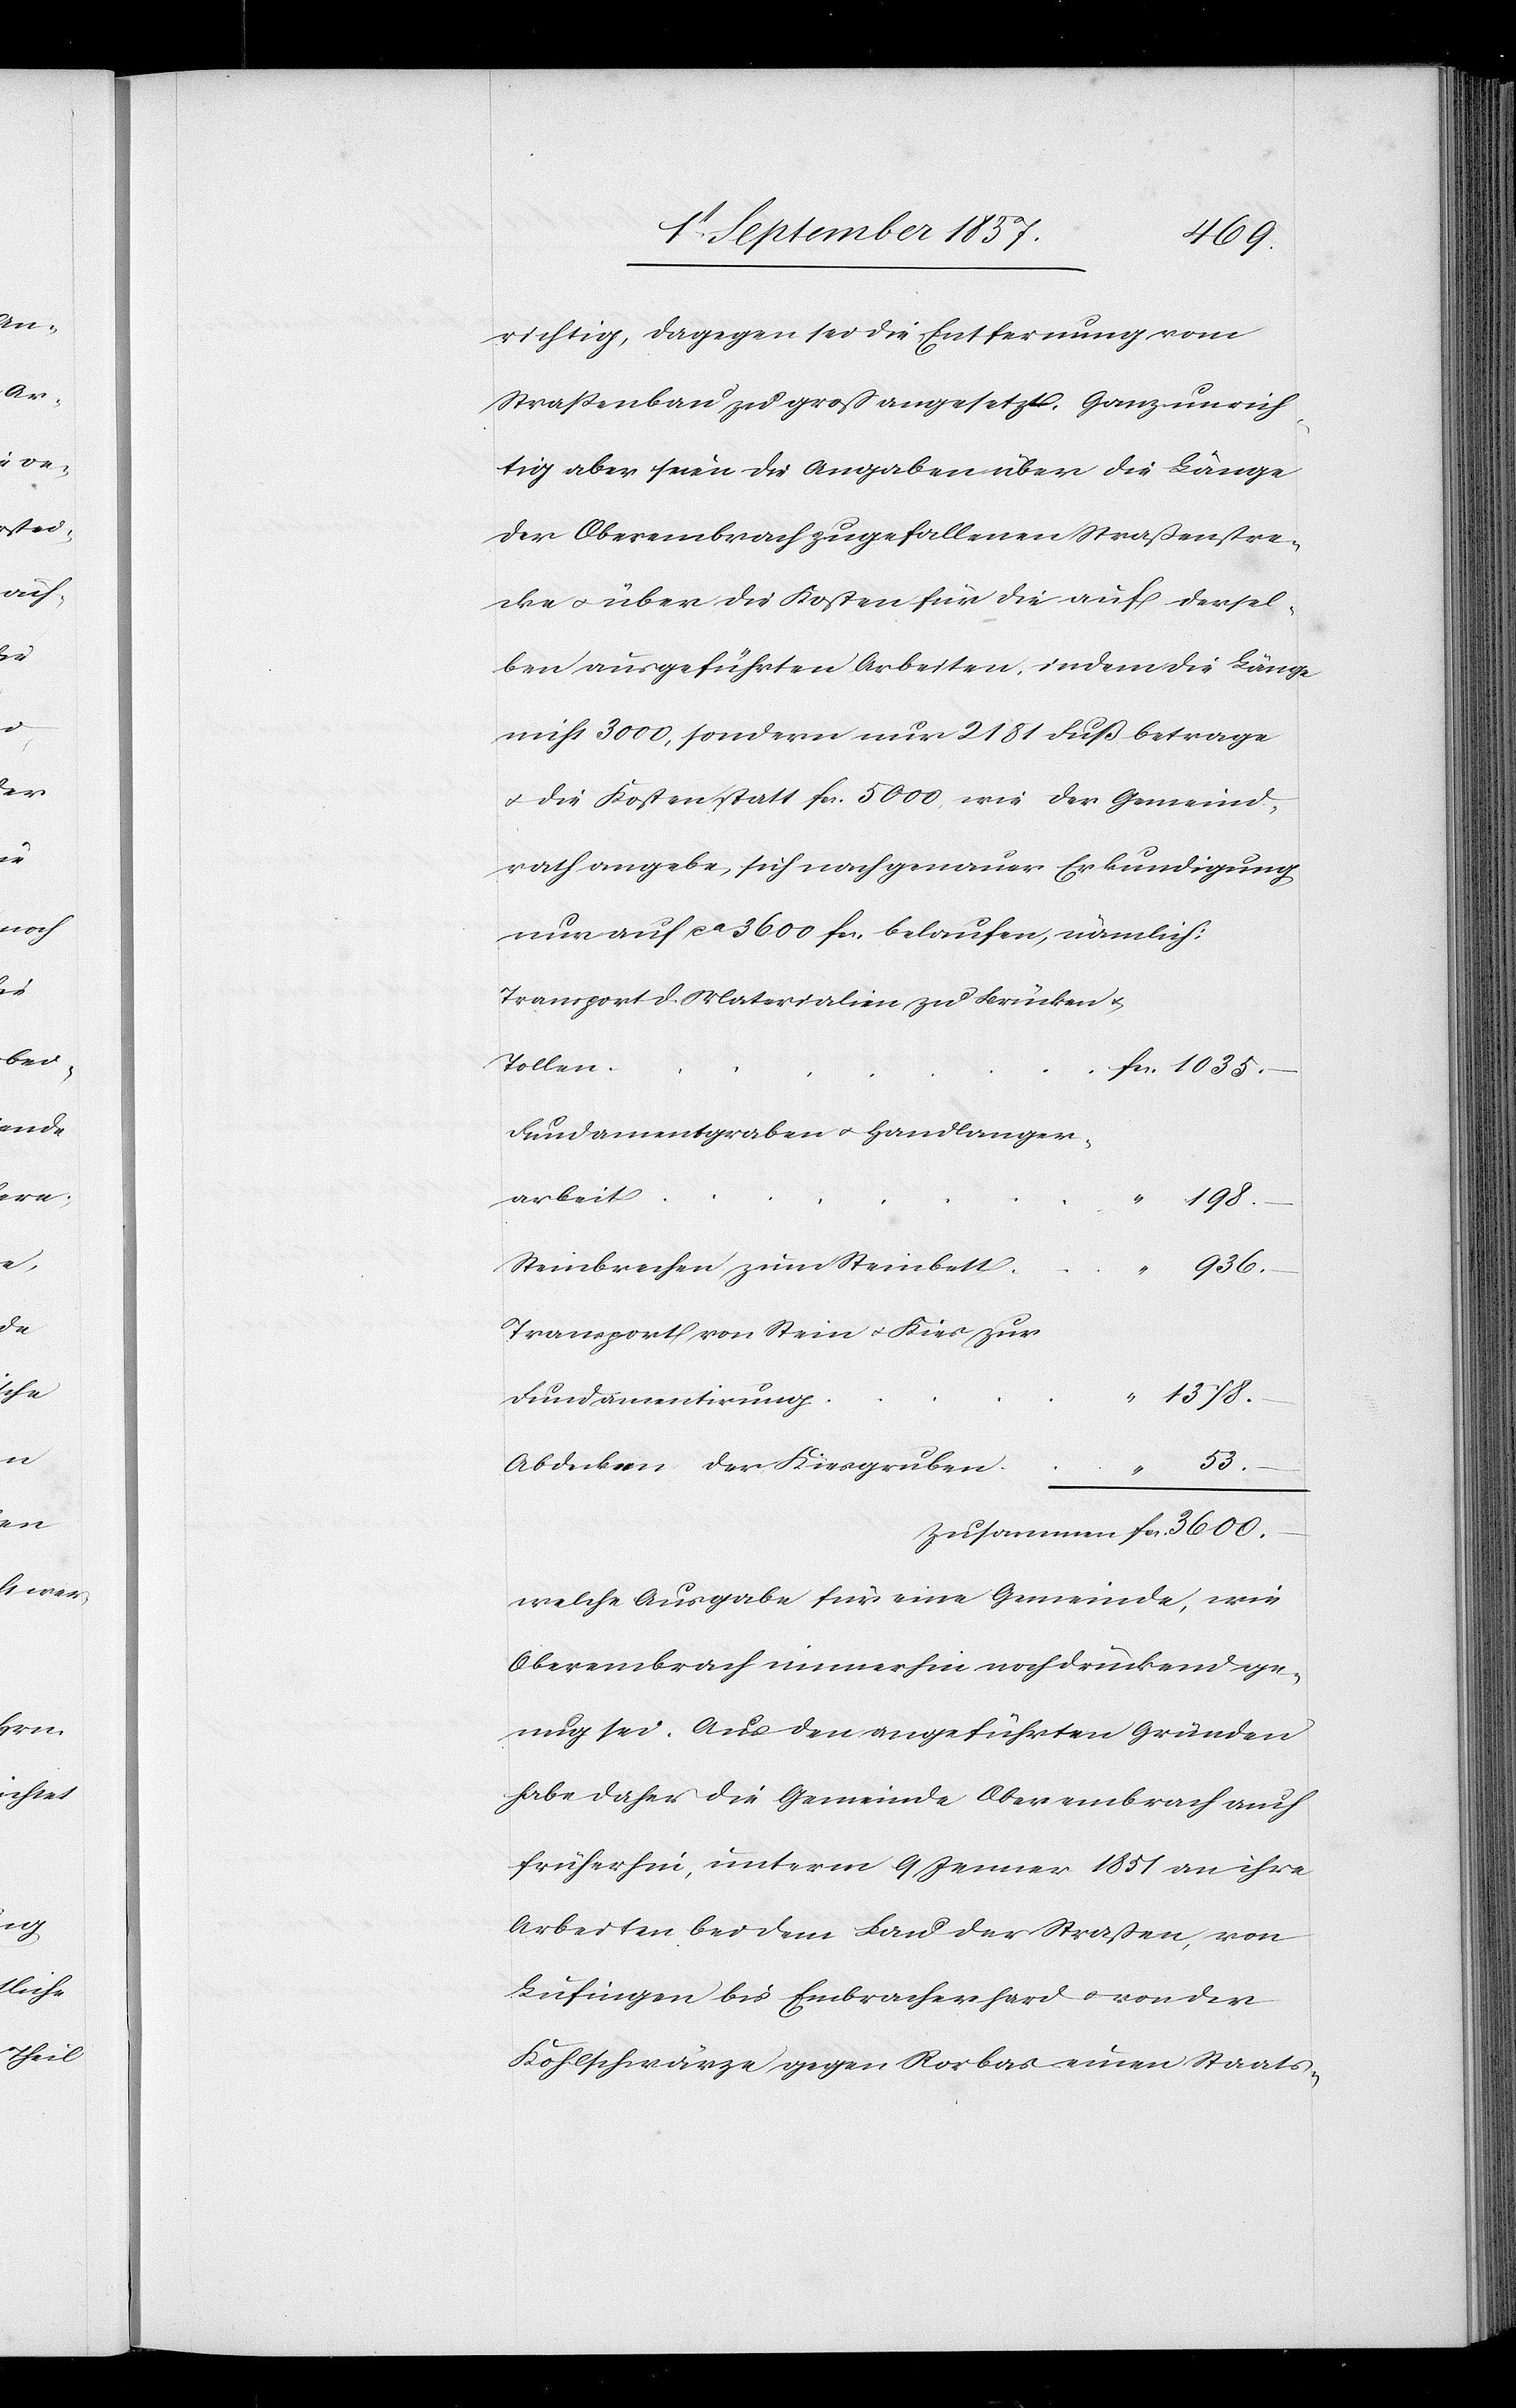
richtig, dagegen sei die Entfernung vom
Straßenbau zu groß angesetzt. Ganz unrich¬
tig aber seien die Angaben über die Länge
der Oberembrach zugefallenen Straßenstre¬
cke & über die Kosten für die auf dersel¬
ben ausgeführten Arbeiten, indem die Länge
nicht 3000, sondern nur 2181 Fuß betrage
& die Kosten statt fcs 5000, wie der Gemeind¬
rath angebe, sich nach genauer Erkundigung
nur auf ca 3600 fcs, belaufen, nämlich:
Transport d. Materialien zu Brücken &
Fundamentgraben & Handlanger¬
arbei¬
198.
Steinbrechen zum Steinbet¬
936.
Transport von Stein & Kies zur
1378.
53.
Zusammen fcs. 3600.
welche Ausgabe für eine Gemeinde, wie
Oberembrach immerhin noch drückend ge¬
nug sei. Aus den angeführten Gründen
habe daher die Gemeinde Oberembrach auch
früherhin, unterm 9 Jenner 1851 an ihre
Arbeiten bei dem Bau der Straßen, von
Lufingen bis Embracherhard & von der
Kohlschwärze gegen Rorbas einen Staats-